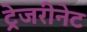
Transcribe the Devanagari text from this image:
ट्रेजरीनेट